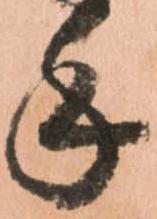
手